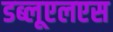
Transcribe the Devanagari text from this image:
डब्लूएलएस